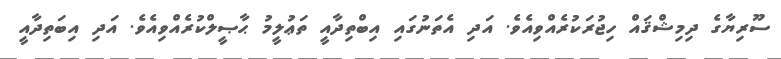
ސޫރިޔާގެ ދިމިޝްޤައް ހިޖުރަކުރެއްވިއެވެ. އަދި އެތަނުގައި އިބްތިދާއީ ތަޢުލީމު ޙާޞީލްކުރެއްވިއެވެ. އަދި އިބަތިދާއީ